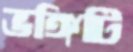
ভঙ্গিটি